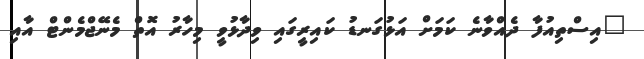
"އިސްތިއުފާ ދެއްވާނެ ކަމަށް އަޅުގަނޑު ކައިރީގައި ވިދާޅުވީ މިހާރު އޮތް މެނޭޖްމެންޓް އާއި